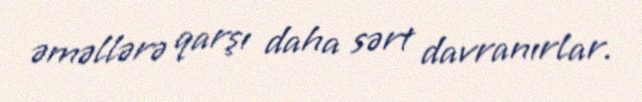
əməllərə qarşı daha sərt davranırlar.